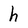
Character: h